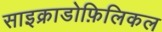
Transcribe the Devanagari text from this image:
साइक्राडोफ़िलिकल